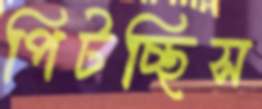
পিটচ্ছিস